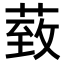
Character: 𦳙